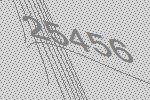
25456